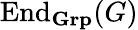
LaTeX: \operatorname{End}_{\mathbf{Grp}}(G)